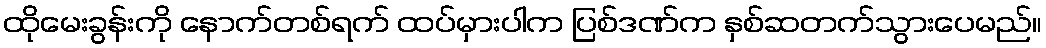
ထိုမေးခွန်းကို နောက်တစ်ရက် ထပ်မှားပါက ပြစ်ဒဏ်က နှစ်ဆတက်သွားပေမည်။